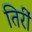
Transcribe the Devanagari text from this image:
तिरीं